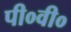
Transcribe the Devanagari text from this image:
पी०वी०